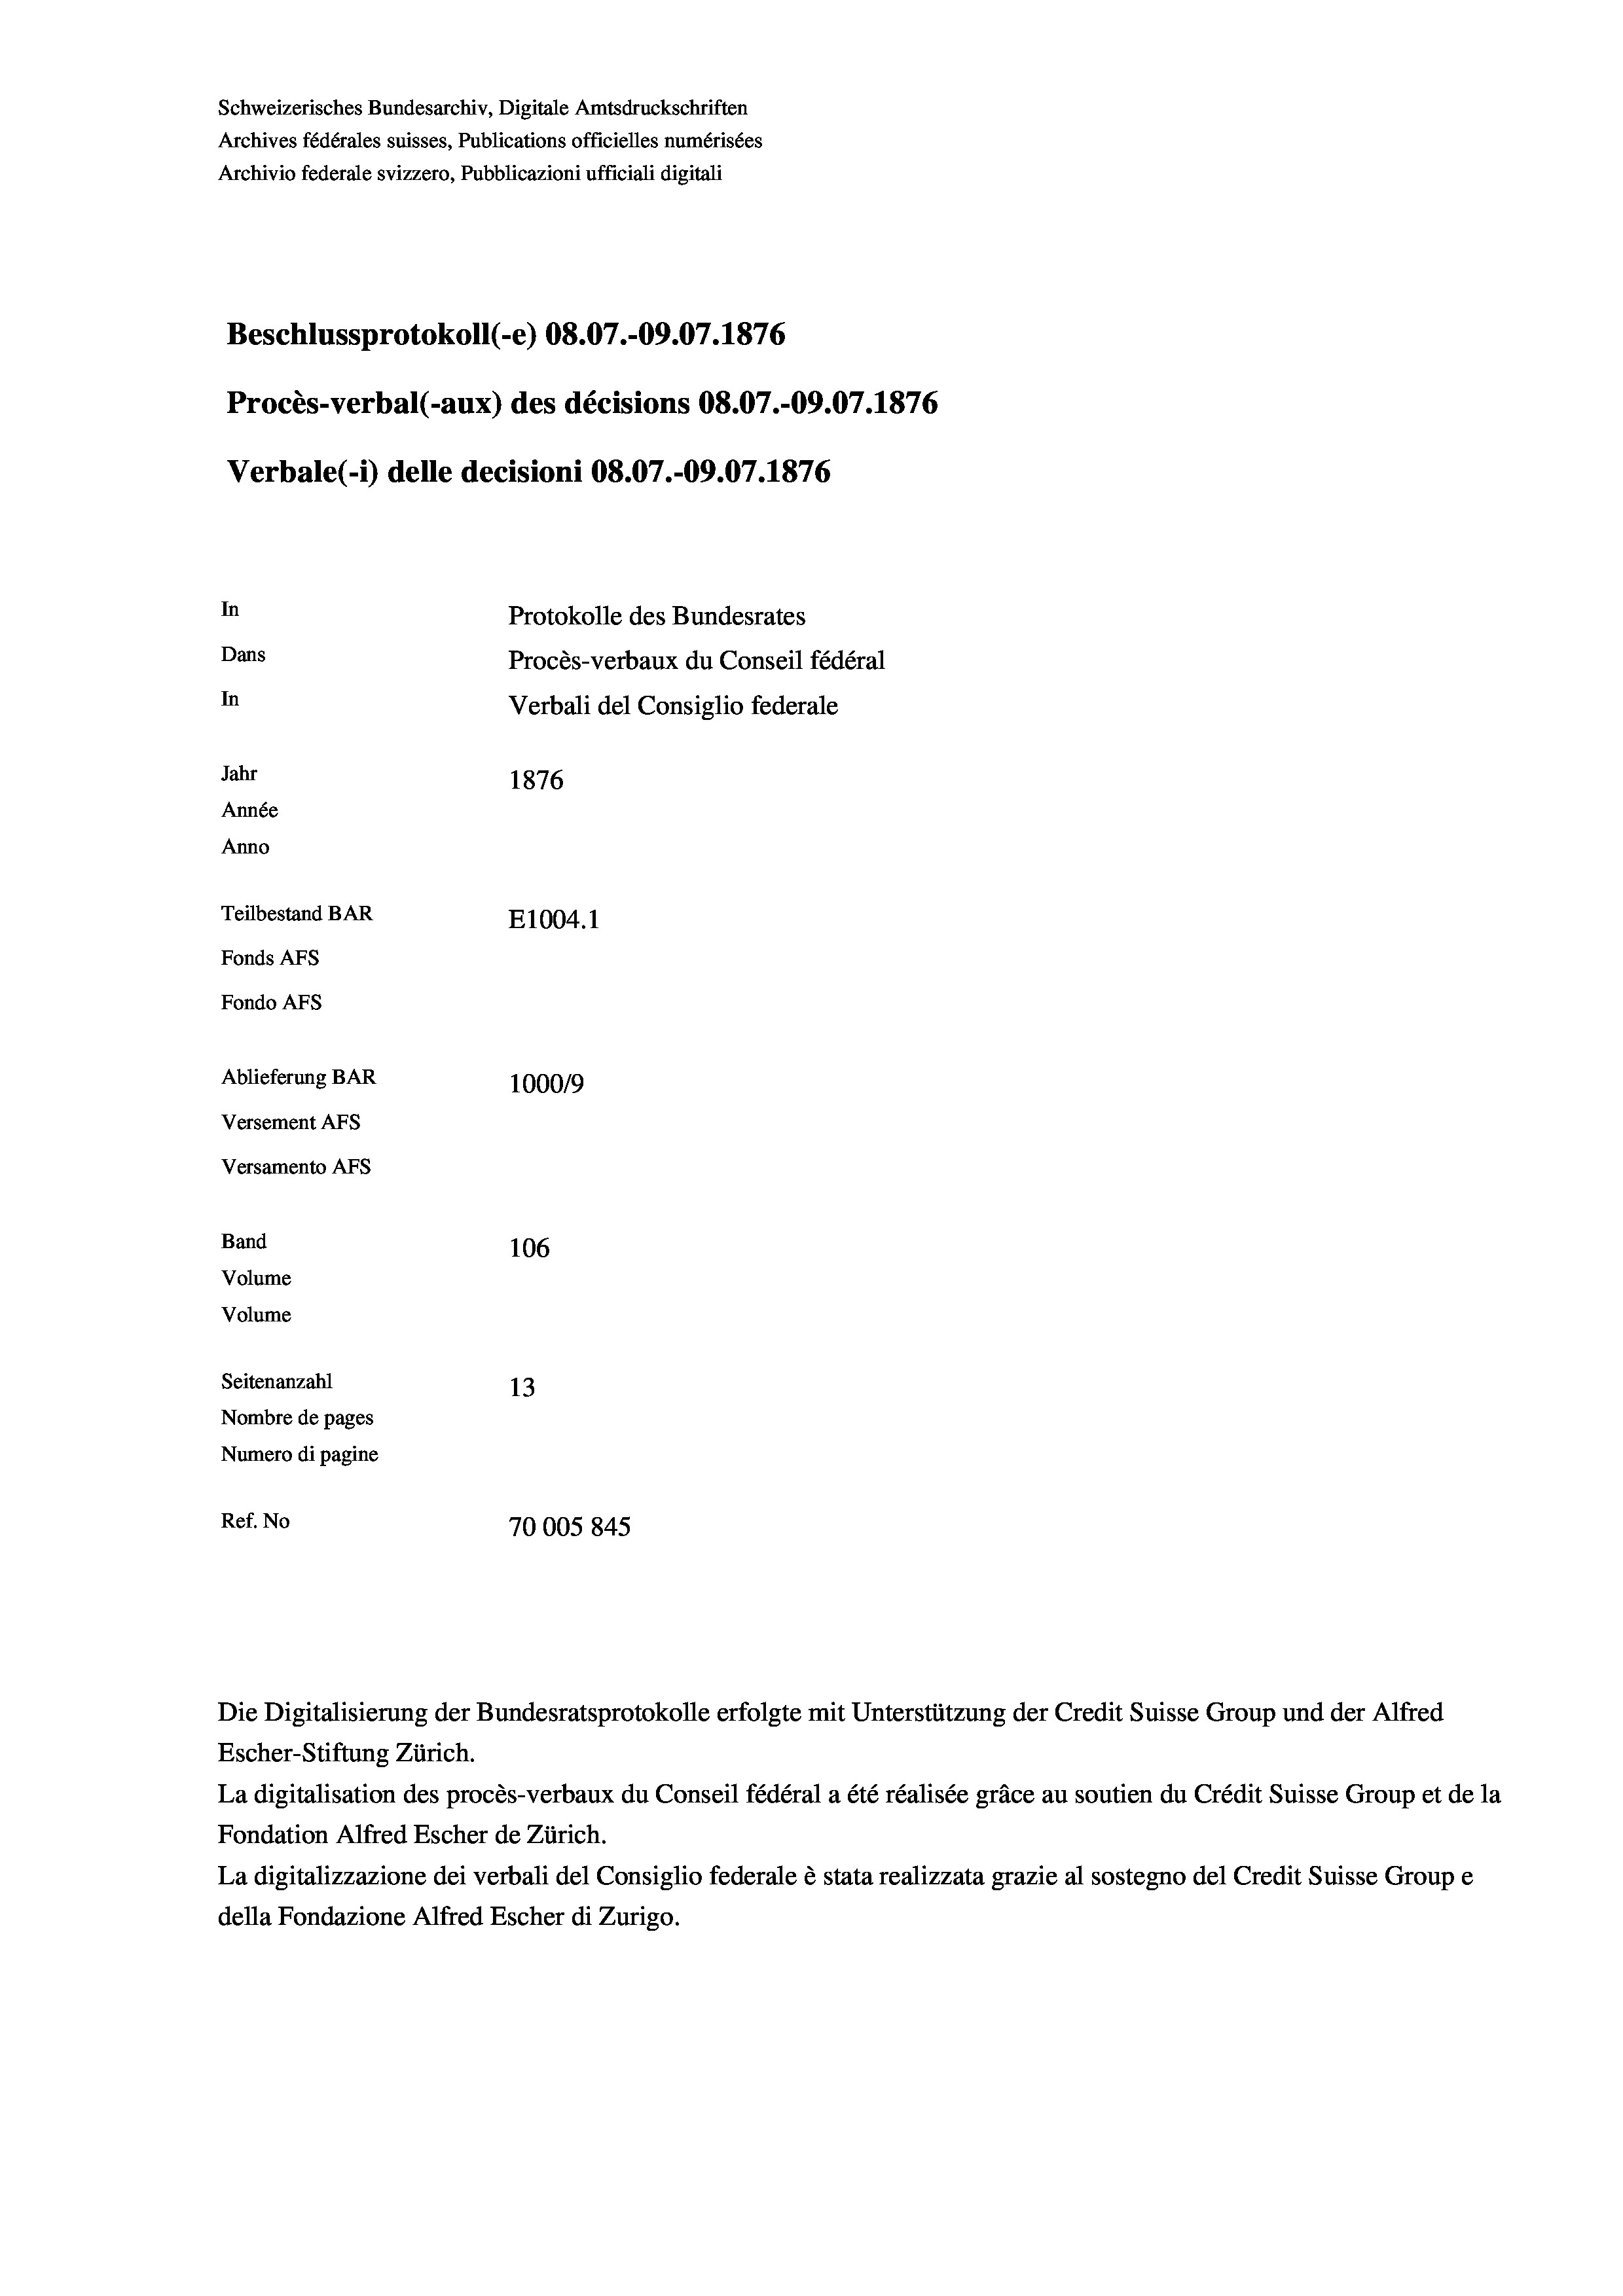
Schweizerisches Bundesarchiv, Digitale Amtsdruckschriften
Archives fédérales suisses, Publications officielles numérisées
Archivio federale svizzero, Pubblicazioni ufficiali digitali
Beschlussprotokoll (-e) 08.07.-09.07. 1876
Procès-verbal (-aux) des décisions 08.07.-09.07. 1876
Verbale (- 1) delle decisioni 08.07.-09.07. 1876
In
Protokolle des Bundesrates
Dans
Procès-verbaux du Conseil fédéral
In
Verbali del Consiglio federale
Jahr
1876
Année
Anno
Teilbestand BAR
E1004. 1
Fonds AFs
Fondo Afs
Ablieferung BAR
100019
Versement AFs
Versamento AFs
Band
106
Volume

Volume
Seitenanzahl
13
Nombre de pages
Numero di pagine
Ref. No
70005 845

Die Digitalisierung der Bundesratsprotokolle erfolgte mit Unterstützung der Credit Suisse Group und der Alfred
Escher-Stiftung Zürich.
La digitalisation des procès-verbaux du Conseil fédéral a été réalisée gräce au soutien du Crédit Suisse Group et de la
Fondation Alfred Escher de Zürich.
La digitalizzazione dei verbali del Consiglio federale è stata realizzata grazie al sostegno del Credit Suisse Groupe
della Fondazione Alfred Escher di Zurigo.